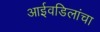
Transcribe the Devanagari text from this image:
आईवडिलांचा